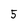
Character: 5